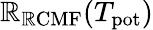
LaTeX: \mathbb{R}_{\mathrm{{\mathbb{R}CMF}}}(T_{\mathrm{{pot}}})